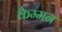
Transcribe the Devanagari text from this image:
कैम्मन